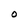
Character: O